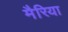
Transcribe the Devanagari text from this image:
मैरिया